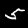
Label: 5